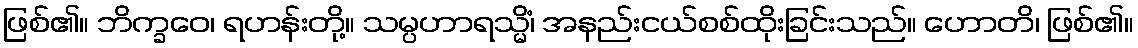
ဖြစ်၏။ ဘိက္ခဝေ၊ ရဟန်းတို့။ သမ္ပဟာရသ္မိံ၊ အနည်းငယ်စစ်ထိုးခြင်းသည်။ ဟောတိ၊ ဖြစ်၏။